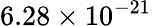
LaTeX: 6.28\times 10^{-21}